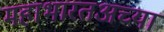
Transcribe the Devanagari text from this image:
महाभारतअच्या